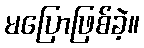
မပြောဖြစ်ခဲ့။